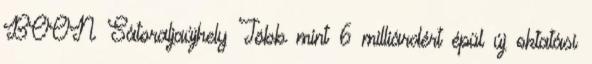
BOON Sátoraljaújhely Több mint 6 milliárdért épül új oktatási